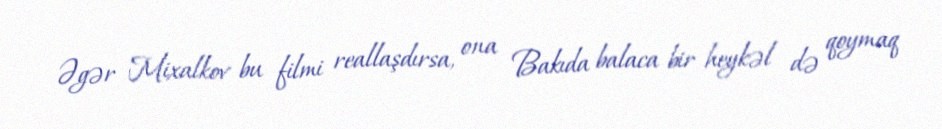
Əgər Mixalkov bu filmi reallaşdırsa, ona Bakıda balaca bir heykəl də qoymaq